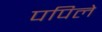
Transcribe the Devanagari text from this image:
पपिले